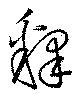
釈